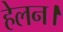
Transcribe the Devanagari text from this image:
हेलन।